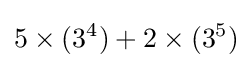
5\times (3^{4})+2\times (3^{5})